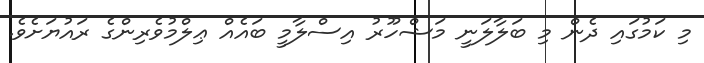
މި ކަމުގައި ދެން މި ބަލާލަނީ މަޝްހޫރު އިސްލާމީ ބައެއް ޢިލްމުވެރިންގެ ރައުޔަށެވެ.